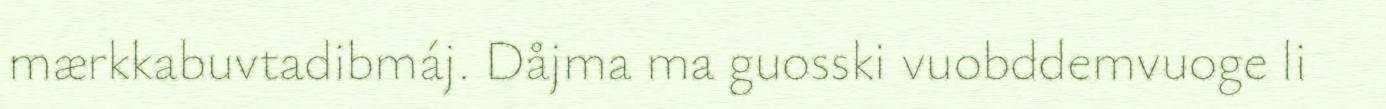
mærkkabuvtadibmáj. Dåjma ma guosski vuobddemvuoge li